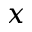
x